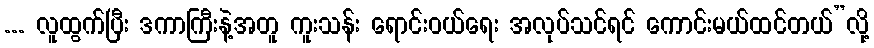
... လူထွက်ပြီး ဒကာကြီးနဲ့အတူ ကူးသန်း ရောင်းဝယ်ရေး အလုပ်သင်ရင် ကောင်းမယ်ထင်တယ်”လို့